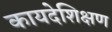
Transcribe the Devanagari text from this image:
कायदेशिक्षण